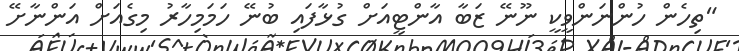
"ތިހެން ހުންނަންވީކީ ނޫނޭ ޒަބާ އާންޓީއަށް ގުޅާފައި ބުނޭ ހަމަމިހާރު މިގެއަށް އަންނާށޭ